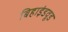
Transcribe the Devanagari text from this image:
बिहाइंडवूड